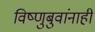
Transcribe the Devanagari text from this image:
विष्णुबुवांनाही